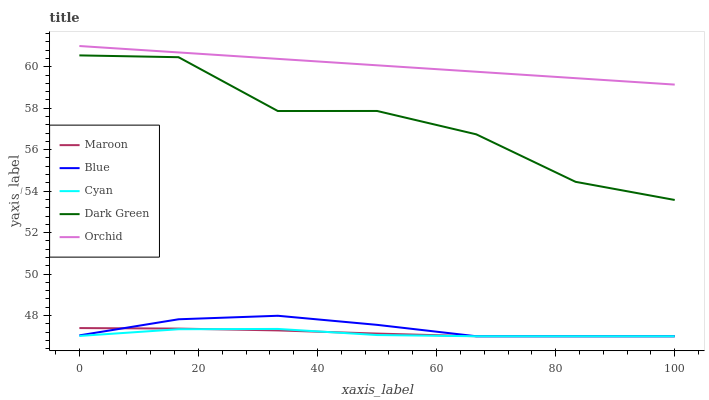
| xaxis_label | Maroon | Blue | Cyan | Dark Green | Orchid |
 | --- | --- | --- | --- | --- | --- |
 | 0 | 47.4 | 47 | 47 | 60.5 | 61 |
 | 16.7 | 47.4 | 47.8 | 47.3 | 60.5 | 60.7 |
 | 33.3 | 47.3 | 48 | 47.4 | 57.9 | 60.4 |
 | 50 | 47.1 | 47.5 | 47.1 | 57.9 | 60.1 |
 | 66.7 | 47 | 47 | 47 | 56.7 | 59.8 |
 | 83.3 | 47 | 47 | 47 | 54.4 | 59.4 |
 | 100 | 47 | 47 | 47 | 53.6 | 59.1 |